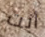
أنت